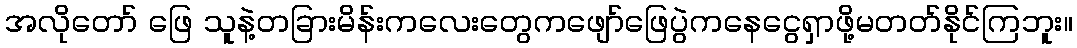
အလိုတော် ဖြေ သူနဲ့တခြားမိန်းကလေးတွေကဖျော်ဖြေပွဲကနေငွေရှာဖို့မတတ်နိုင်ကြဘူး။